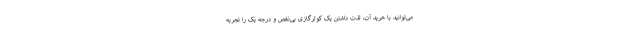
می‌توانید با خرید آن، لذت داشتن یک کولرگازی بی‌نقص و درجه یک را تجربه